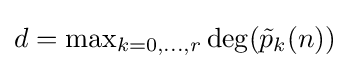
{\textstyle d=\max _{k=0,\dots ,r}\deg({\tilde {p}}_{k}(n))}